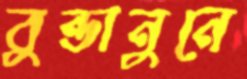
বুন্ডানুনে